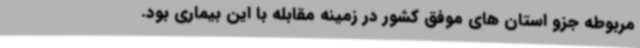
مربوطه جزو استان های موفق کشور در زمینه مقابله با این بیماری بود.